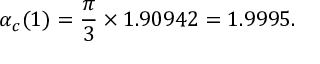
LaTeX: \alpha _ { c } ( 1 ) = { \frac { \pi } { 3 } } \times 1 . 9 0 9 4 2 = 1 . 9 9 9 5 .